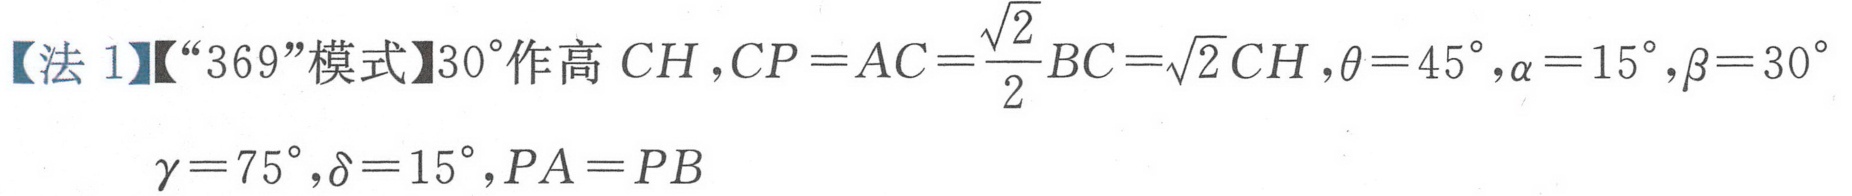
【法 1】【“369”模式】\(30^{\circ}\)作高 \(CH\)，\(CP = AC=\dfrac{\sqrt{2}}{2}BC=\sqrt{2}CH\)，\(\theta = 45^{\circ}\)，\(\alpha = 15^{\circ}\)，\(\beta = 30^{\circ}\)
\(\gamma = 75^{\circ}\)，\(\delta = 15^{\circ}\)，\(PA = PB\)